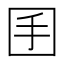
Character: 𡆺